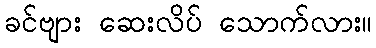
ခင်ဗျား ဆေးလိပ် သောက်လား။